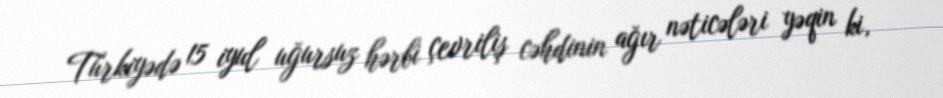
Türkiyədə 15 iyul uğursuz hərbi çevriliş cəhdinin ağır nəticələri yəqin ki,